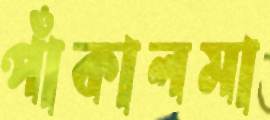
পাঁকালমা